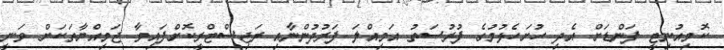
ކޮމިއުނިޓީ ފަންޑަށް އެދި ހުށަހެޅުމުގެ ފުރުސަތު އަމިއްލަ ފަރުދުންނާއި ރަޖިސްޓްރީކޮށްފައިވާ ޖަމިއްޔާތަކަށް ވަނީ